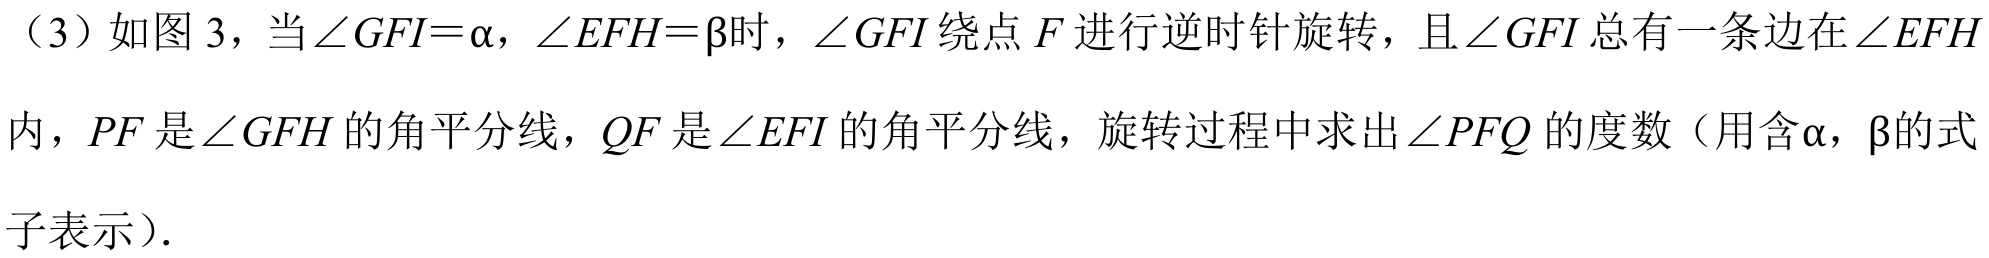
（3）如图 3，当 \(\angle GFI = \alpha\)，\(\angle EFH=\beta\)时，\(\angle GFI\) 绕点 \(F\) 进行逆时针旋转，且 \(\angle GFI\) 总有一条边在 \(\angle EFH\) 内，\(PF\) 是 \(\angle GFH\) 的角平分线，\(QF\) 是 \(\angle EFI\) 的角平分线，旋转过程中求出 \(\angle PFQ\) 的度数（用含 \(\alpha\)，\(\beta\)的式子表示）.